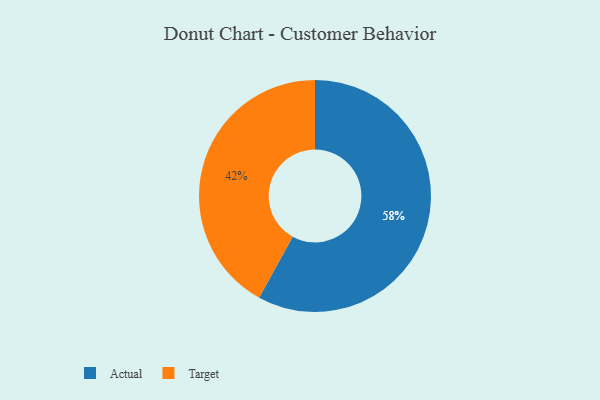
{"axis": {"x": "Category", "y": "Percentage"}, "legend": ["Actual", "Target"], "data": [{"x": "Target", "y": 42, "type": "Target"}, {"x": "Actual", "y": 58, "type": "Actual"}]}